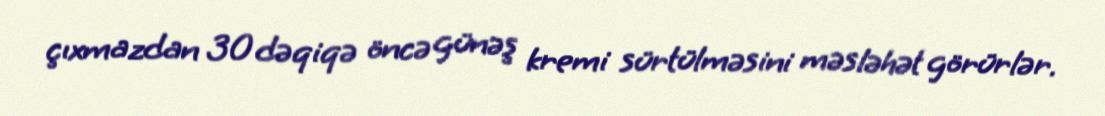
çıxmazdan 30 dəqiqə öncə günəş kremi sürtülməsini məsləhət görürlər.